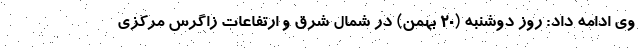
وی ادامه داد: روز دوشنبه (۲۰ بهمن) در شمال شرق و ارتفاعات زاگرس مرکزی